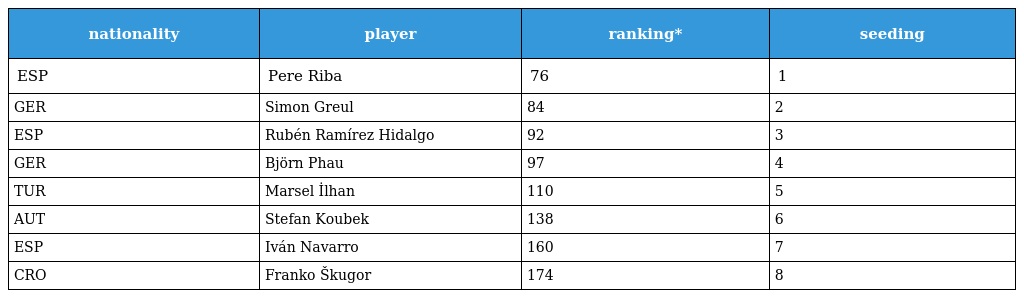
| nationality | player | ranking* | seeding |
 | --- | --- | --- | --- |
 | ESP | Pere Riba | 76 | 1 |
 | GER | Simon Greul | 84 | 2 |
 | ESP | Rubén Ramírez Hidalgo | 92 | 3 |
 | GER | Björn Phau | 97 | 4 |
 | TUR | Marsel İlhan | 110 | 5 |
 | AUT | Stefan Koubek | 138 | 6 |
 | ESP | Iván Navarro | 160 | 7 |
 | CRO | Franko Škugor | 174 | 8 |